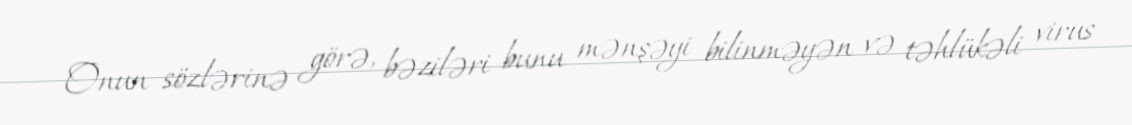
Onun sözlərinə görə, bəziləri bunu mənşəyi bilinməyən və təhlükəli virus